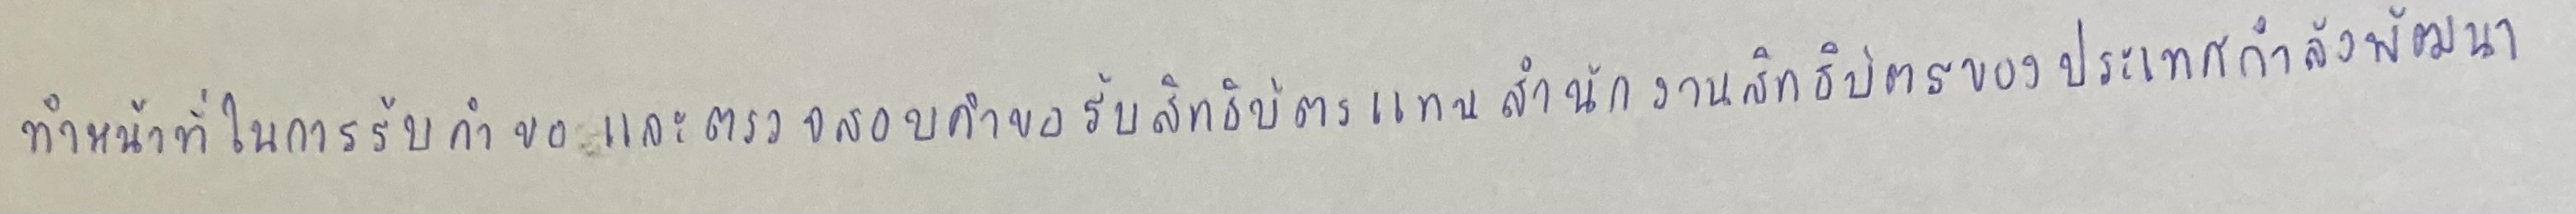
ทำหน้าที่ในการรับคำขอและตรวจสอบคำขอรับสิทธิบัตรแทนสำนักงานสิทธิบัตรของประเทศกำลังพัฒนา